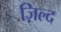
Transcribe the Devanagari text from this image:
ज़िल्द